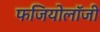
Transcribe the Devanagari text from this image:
फजियोलॉजी